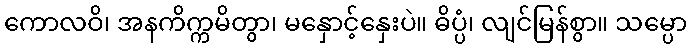
ကောလဝိ၊ အနကိက္ကမိတွာ၊ မနှောင့်နှေးပဲ။ ဓိပ္ပံ၊ လျင်မြန်စွာ။ သမ္ပော